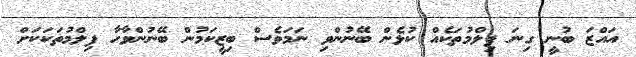
އައްޒަ ބުނީ ގިނަ ފިލްމުތަކެއް ކުޅެން ބޭނުންވި ނަމަވެސް ބިޒީކަމުން ބޭނުންވާހާ ފިލްމުތަކަކަށް